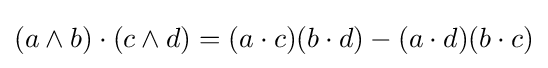
(a\wedge b)\cdot (c\wedge d)=(a\cdot c)(b\cdot d)-(a\cdot d)(b\cdot c)